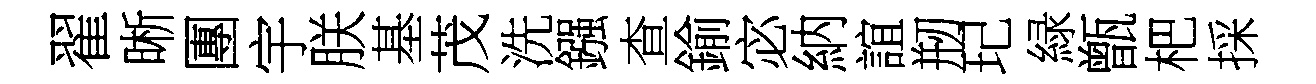
翟晰團宇朕基茂洗鏹查鍮宓納誼剏玘緑甑杷採